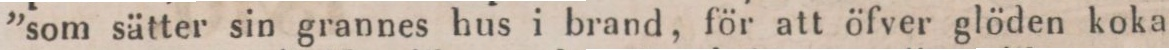
”som sätter sin grannes hus i brand, för att öfver glöden koka